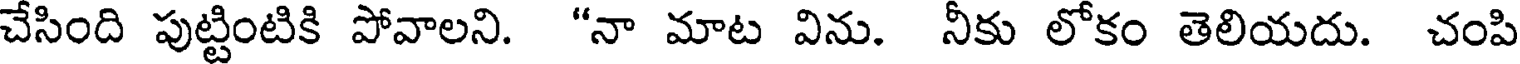
చేసింది పుట్టింటికి పోవాలని. "నా మాట విను. నీకు లోకం తెలియదు. చంపి